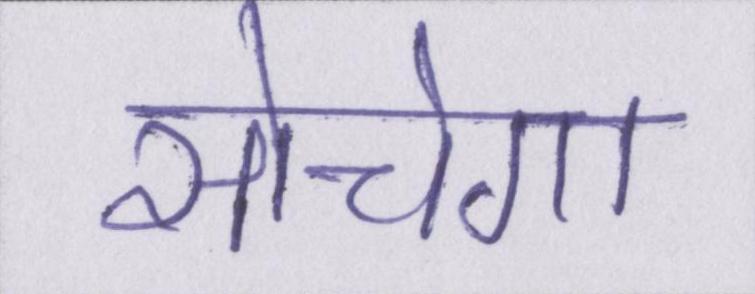
सोचेगा